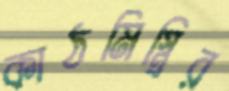
কাঠমিস্ত্রির